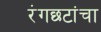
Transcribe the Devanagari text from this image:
रंगछटांचा